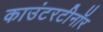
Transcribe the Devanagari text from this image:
काउंटरटीनॉर